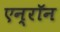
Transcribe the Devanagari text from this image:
एन्‍रॉन